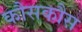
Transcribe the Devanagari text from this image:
कौसकौस